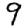
Digit: 9